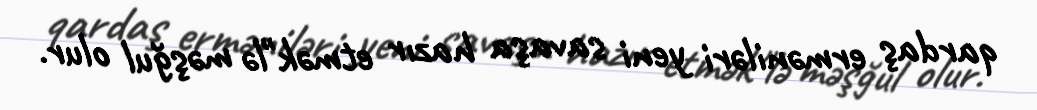
qardaş erməniləri yeni savaşa hazır etmək"lə məşğul olur.